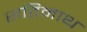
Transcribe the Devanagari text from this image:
सतिनाथ